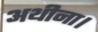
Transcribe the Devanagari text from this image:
अथीना।